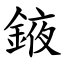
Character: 䤳